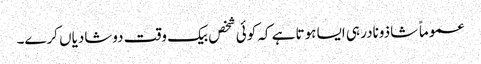
عموماً شاذونادر ہی ایسا ہوتا ہے کہ کوئی شخص بیک وقت دوشادیاں کرے۔